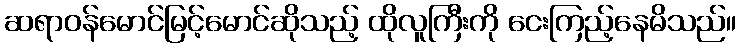
ဆရာဝန်မောင်မြင့်မောင်ဆိုသည့် ထိုလူကြီးကို ငေးကြည့်နေမိသည်။